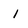
Character: 1